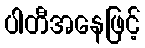
ပါတီအနေဖြင့်